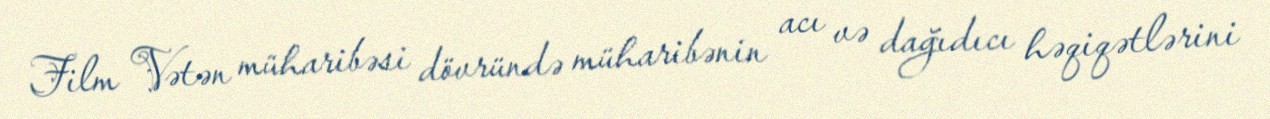
Film Vətən müharibəsi dövründə müharibənin acı və dağıdıcı həqiqətlərini